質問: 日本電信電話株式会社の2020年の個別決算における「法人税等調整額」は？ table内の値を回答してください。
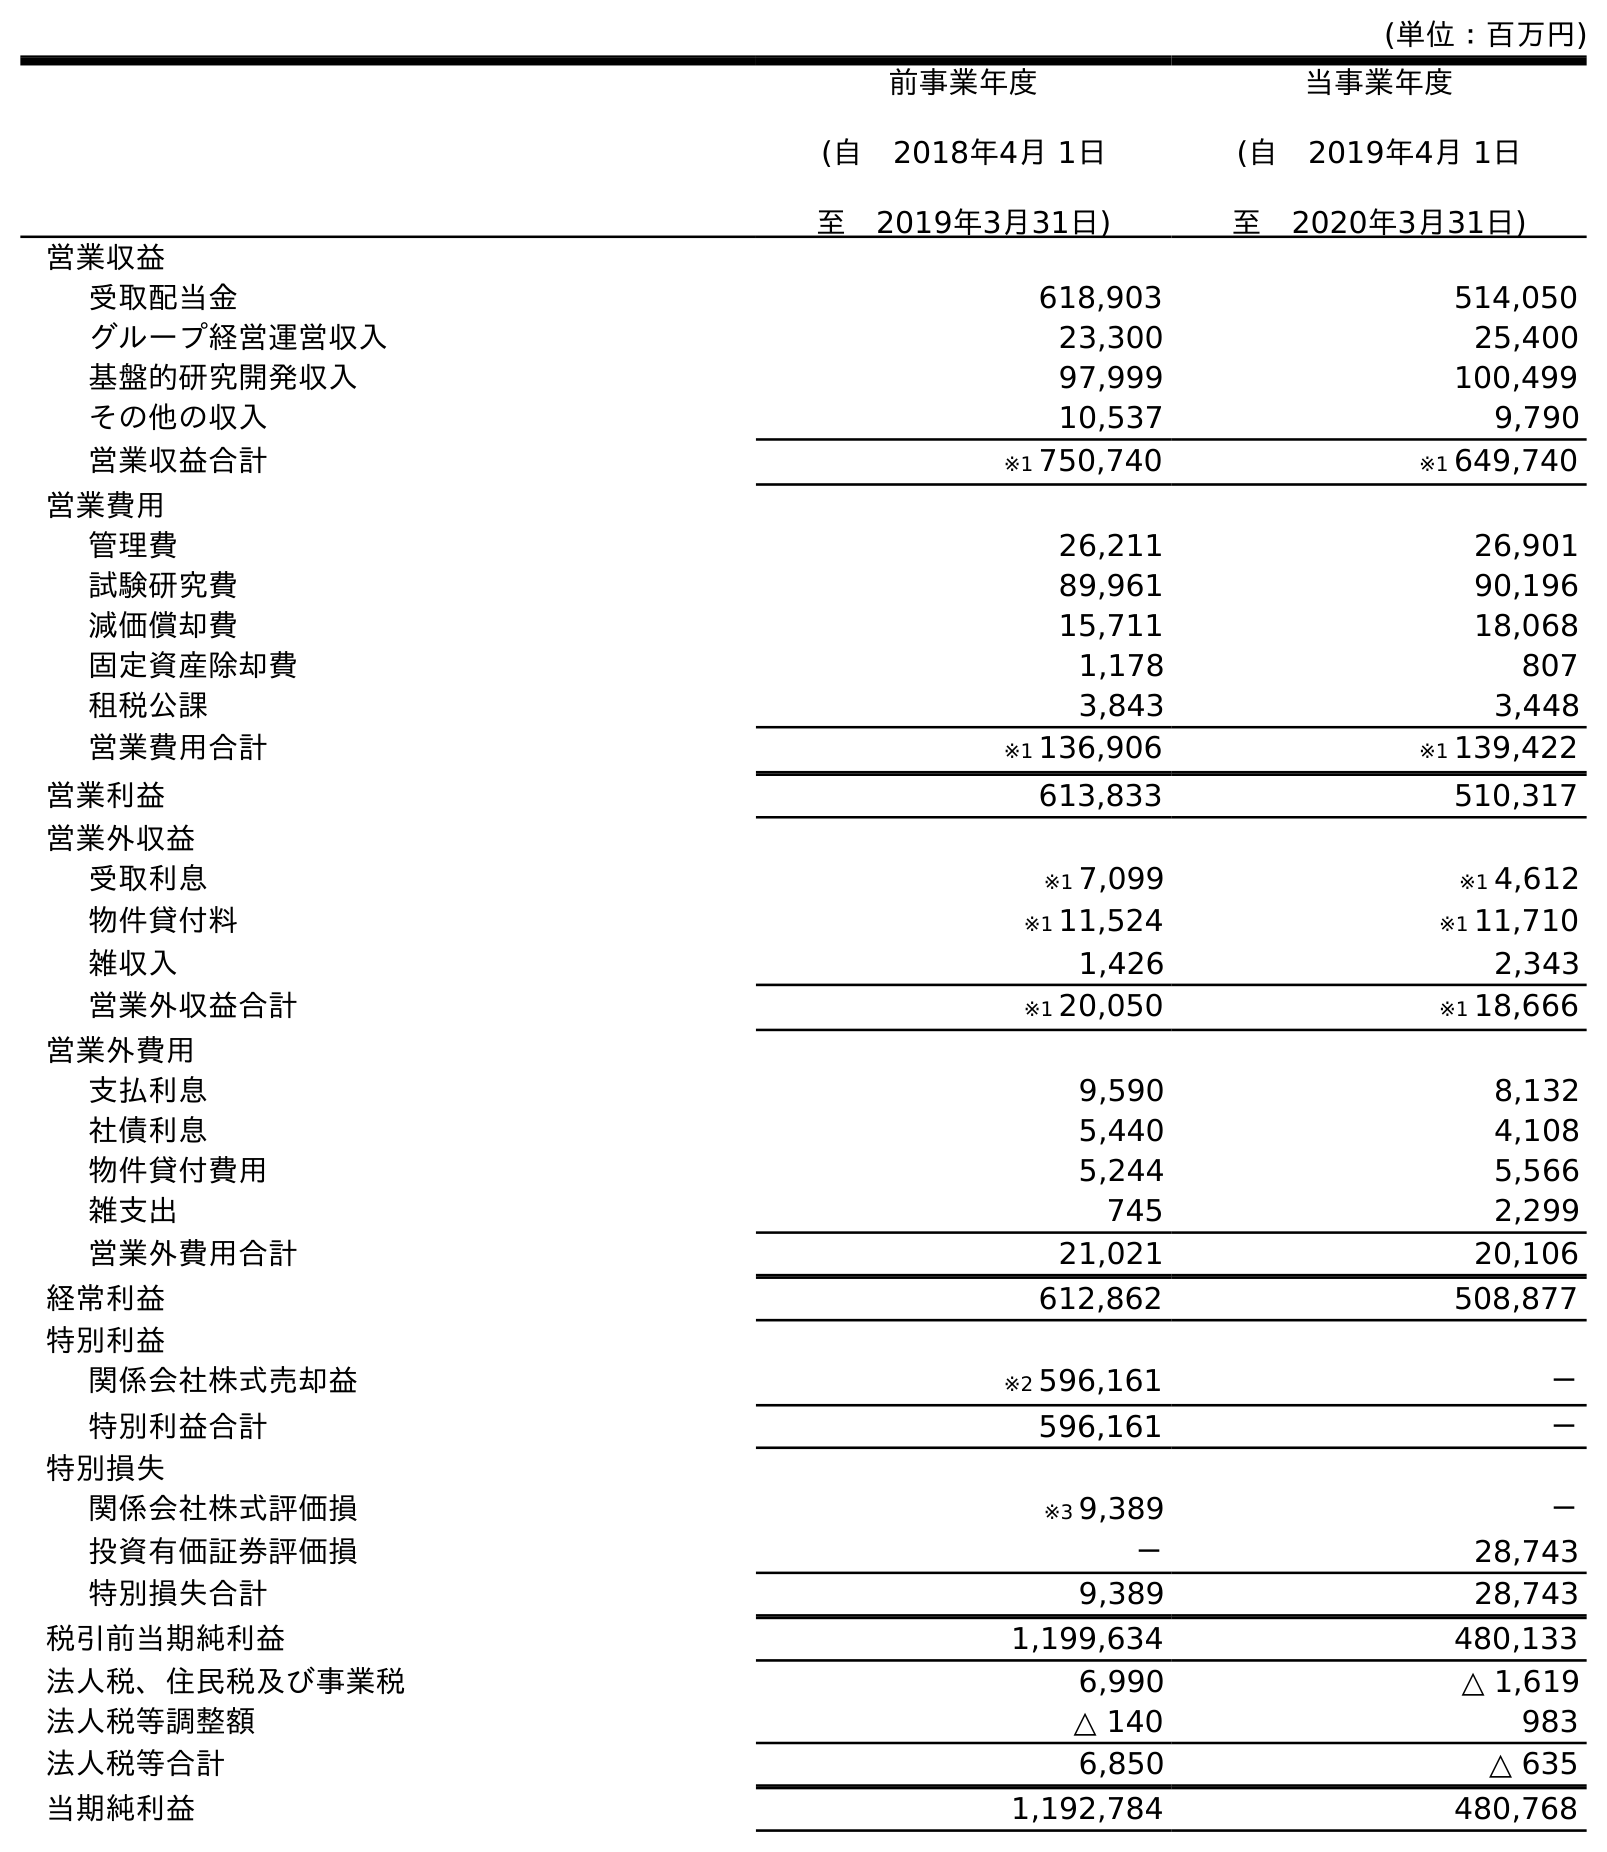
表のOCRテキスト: (単位：百万円) 前事業年度 (自 2018年4月 1日 至 2019年3月31日) 当事業年度 (自 2019年4月 1日 至 2020年3月31日) 営業収益 受取配当金 618,903 514,050 グループ経営運営収入 23,300 25,400 基盤的研究開発収入 97,999 100,499 その他の収入 10,537 9,790 営業収益合計 ※1 750,740 ※1 649,740 営業費用 管理費 26,211 26,901 試験研究費 89,961 90,196 減価償却費 15,711 18,068 固定資産除却費 1,178 807 租税公課 3,843 3,448 営業費用合計 ※1 136,906 ※1 139,422 営業利益 613,833 510,317 営業外収益 受取利息 ※1 7,099 ※1 4,612 物件貸付料 ※1 11,524 ※1 11,710 雑収入 1,426 2,343 営業外収益合計 ※1 20,050 ※1 18,666 営業外費用 支払利息 9,590 8,132 社債利息 5,440 4,108 物件貸付費用 5,244 5,566 雑支出 745 2,299 営業外費用合計 21,021 20,106 経常利益 612,862 508,877 特別利益 関係会社株式売却益 ※2 596,161 － 特別利益合計 596,161 － 特別損失 関係会社株式評価損 ※3 9,389 － 投資有価証券評価損 － 28,743 特別損失合計 9,389 28,743 税引前当期純利益 1,199,634 480,133 法人税、住民税及び事業税 6,990 △ 1,619 法人税等調整額 △ 140 983 法人税等合計 6,850 △ 635 当期純利益 1,192,784 480,768
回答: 983